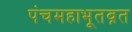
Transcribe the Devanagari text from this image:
पंचमहाभूतव्रत